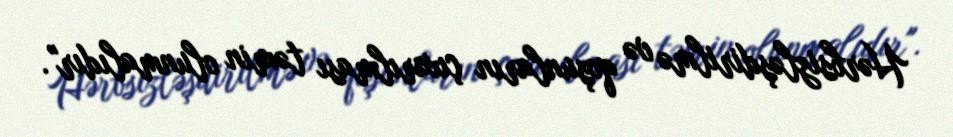
Hərbsizləşdirilmə və qoşunların çıxarılması təmin olunmalıdır".